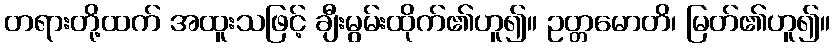
တရားတို့ထက် အထူးသဖြင့် ချီးမွမ်းထိုက်၏ဟူ၍။ ဥတ္တမောတိ၊ မြတ်၏ဟူ၍။